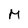
Character: M